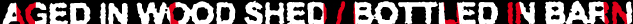
AGED IN WOOD SHED/BOTTLED INBARN